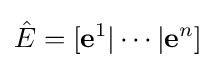
{\hat {E}}=[\mathbf {e} ^{1}|\cdots |\mathbf {e} ^{n}]